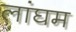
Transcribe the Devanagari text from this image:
लांघम